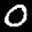
Label: 0